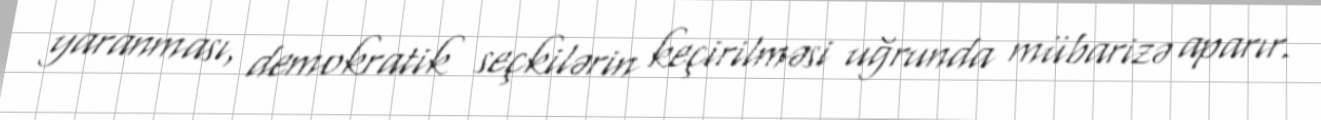
yaranması, demokratik seçkilərin keçirilməsi uğrunda mübarizə aparır.